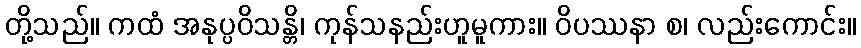
တို့သည်။ ကထံ အနုပ္ပဝိသန္တိ၊ ကုန်သနည်းဟူမူကား။ ဝိပဿနာ စ၊ လည်းကောင်း။